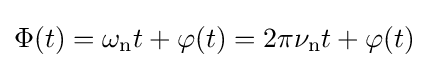
\Phi (t)=\omega _{\text{n}}t+\varphi (t)=2\pi \nu _{\text{n}}t+\varphi (t)